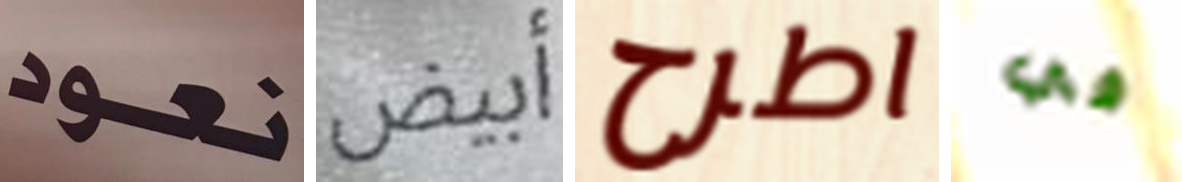
نعود أبيض اطرح في